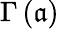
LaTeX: \Gamma\left(\mathfrak{a}\right)